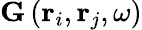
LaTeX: \mathbf{G}\left(\mathbf{r}_{i},\mathbf{r}_{j},\omega\right)